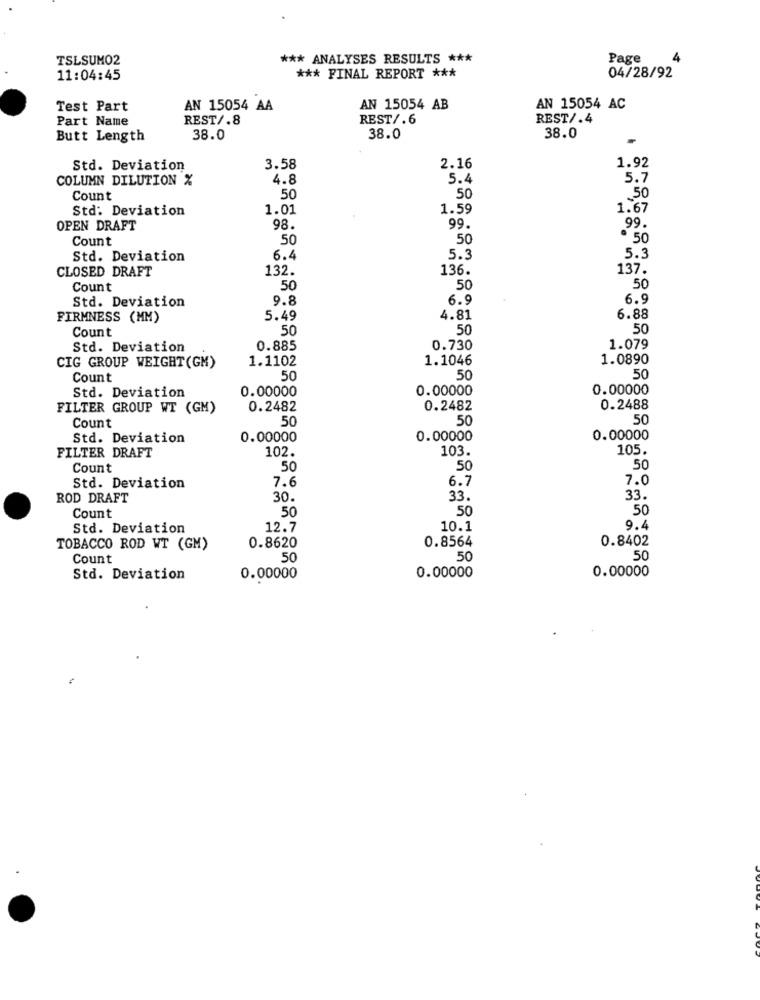
TSLSUMO2
*** ANALYSES RESULTS ***
Page
11:04:45
*** FINAL REPORT ***
04/28/92
Test Part
AN 15054 AA
AN 15054 AB
AN 15054 AC
Part Name
REST/.8
REST/.6
REST/.4
Butt Length
38.0
38.0
38.0
Std. Deviation
3.58
2.16
1.92
COLUMN DILUTION %
4.8
5.4
5.7
Count
50
50
.50
Std: Deviation
1.01
1.59
1.67
99
OPEN DRAFT
98.
99.
Count
50
50
. 50
Std. Deviation
6.4
5.3
5.3
CLOSED DRAFT
132.
136.
137.
Count
50
50
50
9.8
6.9
6.9
Std. Deviation
FIRMNESS (MM)
5.49
4.81
6.88
Count
50
50
50
Std. Deviation
0.885
0.730
1.079
1.1102
1.1046
1.0890
CIG GROUP WEIGHT(GM)
Count
50
50
50
Std. Deviation
0.00000
0.00000
0.00000
FILTER GROUP WT (GM)
0.2482
0.2482
0.2488
Count
50
50
50
Std. Deviation
0.00000
0.00000
0.00000
102.
103.
105.
FILTER DRAFT
Count
50
50
50
7.6
6.7
7.0
Std. Deviation
ROD DRAFT
30.
33.
33.
Count
50
50
50
Std. Deviation
12.7
10.1
0.8564
0.8402
TOBACCO ROD WT (GM)
0.8620
Count
50
50
50
0.00000
Std. Deviation
0.00000
0.00000